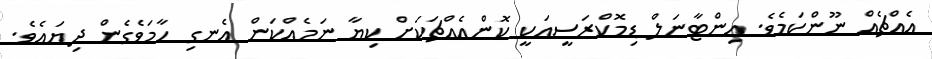
އެއްޗެއް ނޫންކަމެވެ. އިންޓާނަލް ޑިމޮކްރަސީއަކީ ކޮންއެއްޗަކަށް ކިޔާ ނަމެއްކަން އެނގި ހާމަވެގެން ދިޔައެވެ.